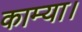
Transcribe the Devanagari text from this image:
काम्या।